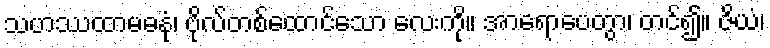
သဟဿထာမဓနုံ၊ ဗိုလ်တစ်ထောင်သော လေးကို။ အာရောပေတွာ၊ တင်၍။ ဇိယံ၊